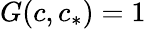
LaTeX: G(c,c_{*})=1